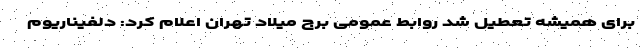
برای همیشه تعطیل شد روابط عمومی برج میلاد تهران اعلام کرد: دلفیناریوم